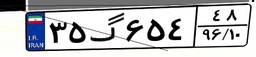
۳۵گ۶۵۴۴۸